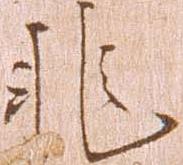
非